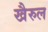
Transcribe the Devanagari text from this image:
खैरुल